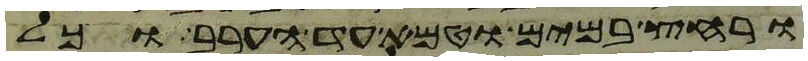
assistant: ורחץ במים וטמא עד הערב וכל